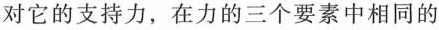
对它的支持力，在力的三个要素中相同的